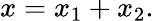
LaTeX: x=x_{1}+x_{2}.